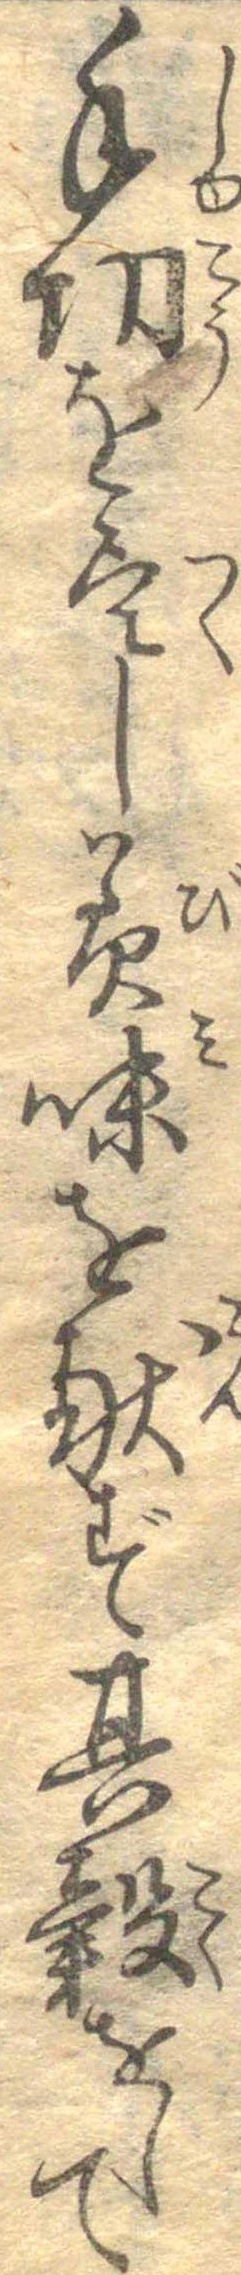
手功を尽し美味を献ず其穀をして